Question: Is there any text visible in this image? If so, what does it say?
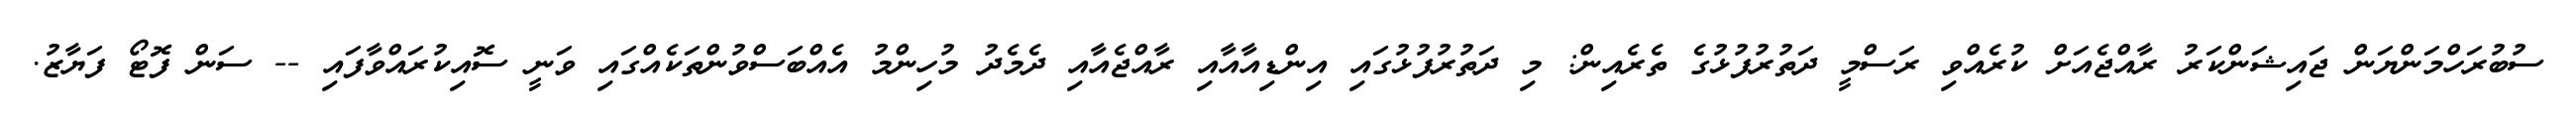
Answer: ސުބުރަހްމަންޔަން ޖައިޝަންކަރު ރާއްޖެއަށް ކުރެއްވި ރަސްމީ ދަތުރުފުޅުގެ ތެރެއިން: މި ދަތުރުފުޅުގައި އިންޑިއާއާއި ރާއްޖެއާއި ދެމެދު މުހިންމު އެއްބަސްވުންތަކެއްގައި ވަނީ ސޮއިކުރައްވާފައި -- ސަން ފޮޓޯ ފަޔާޒު.